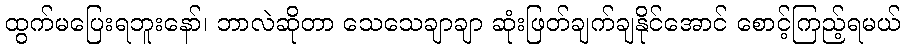
ထွက်မပြေးရဘူးနော်၊ ဘာလဲဆိုတာ သေသေချာချာ ဆုံးဖြတ်ချက်ချနိုင်အောင် စောင့်ကြည့်ရမယ်